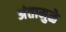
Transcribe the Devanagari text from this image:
अंतामुळे